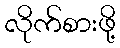
လိုက်စားဖို့